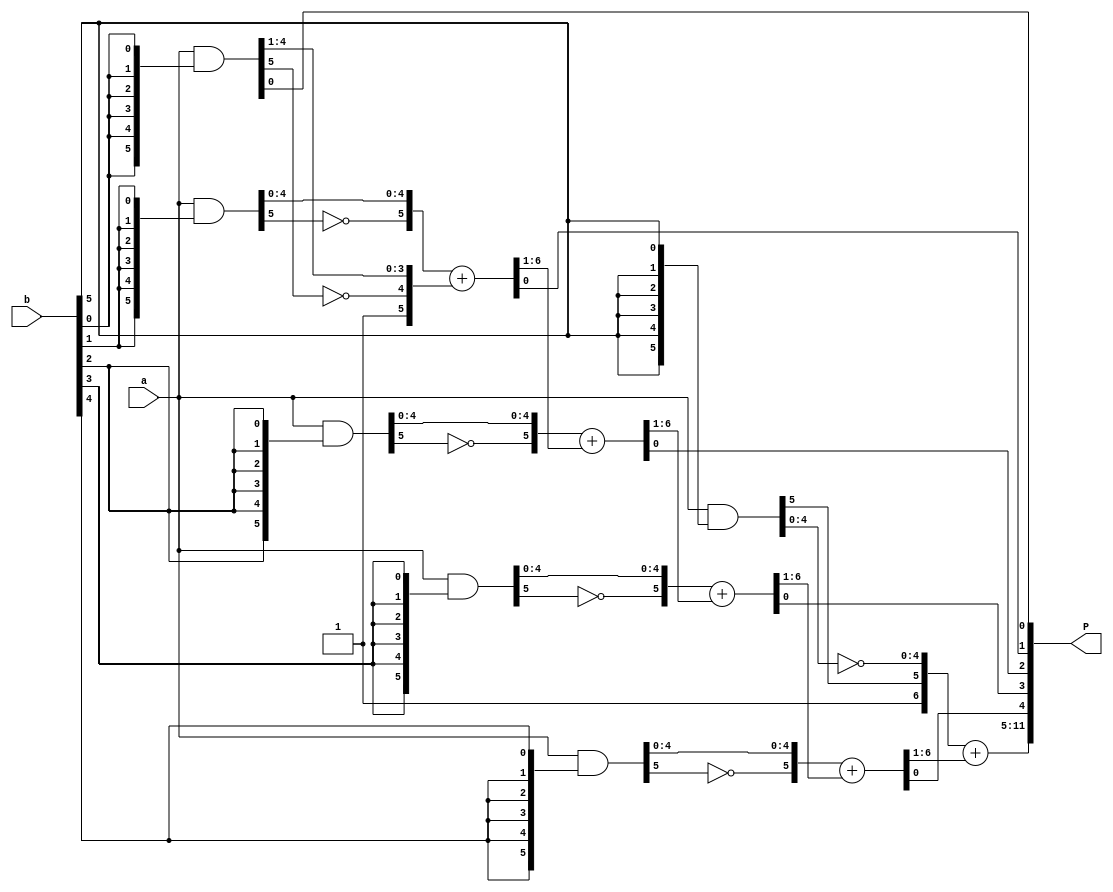
`timescale 1ns / 1ps
//////////////////////////////////////////////////////////////////////////////////
// Company: 
// Engineer: 
// 
// Design Name: 
// Module Name:    six_bit_array_mult 
// Project Name: 
// Target Devices: 
// Tool versions: 
// Description: 
//
// Dependencies: 
//
// Revision: 
// Revision 0.01 - File Created
// Additional Comments: 
//
//////////////////////////////////////////////////////////////////////////////////


module array_mult #(parameter SIZE=6)(input [SIZE-1:0] a, b, output reg [2*SIZE-1:0] P);

	reg [SIZE-1:0] index, index1;		// index for FOR loops
	reg [SIZE-1:0] pp_tmp, P_tmp;		// these are needed as cannot access individual bits of memory
	reg [SIZE:0] PP_tmp;				// this is needed as you cannot access individual bits of memory
	reg [SIZE-1:0] pp [0:SIZE-1];		// For Multiplicand masked by Multiplier bits
	reg [SIZE:0] PP [0:SIZE-1];		// allow extra bit. Will ignore for all except last Partial Product
	reg [SIZE:0] Isum [0:SIZE-1];		// intermediate PP Sums.

	// generate partial products
	always @ *
	begin
      for(index=0; index<SIZE; index=index+1)	// Multiplicand masked by Multiplier bits
			pp[index] = a & {SIZE{b[index]}};
      for(index=0; index<SIZE; index=index+1) 
		begin
			pp_tmp = pp[index];
			if (index == 0)
				// add in the MSB 1 for first PP
				PP[index] = {1'b1, ~pp_tmp[SIZE-1], pp_tmp[SIZE-2:0]};
			else if (index == SIZE-1)
				// Invert last PP and add in the MSB 1
				PP[index] = {1'b1, pp_tmp[SIZE-1], ~pp_tmp[SIZE-2:0]};
			else
				PP[index] = {1'b0, ~pp_tmp[SIZE-1], pp_tmp[SIZE-2:0]};
		end  
   	end
	
	// generate intermediate sums and result (P)
	always @ *
	begin
      Isum[0]=PP[0];
		for(index1=1; index1<SIZE; index1=index1+1)	// sum up PPs
		begin
			PP_tmp = Isum[index1-1];
			Isum[index1] = PP[index1] + PP_tmp[SIZE:1]; // add PP[i] + PP[i-1]
			P_tmp[index1-1] = PP_tmp[0];	// LSB of each Isum TO P (P0 to SIZE-2)
		end
		
		// Now generate result (P)
		P = {Isum[SIZE-1], P_tmp[SIZE-2:0]}; 
		
	end
	
endmodule